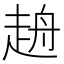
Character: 𧻖